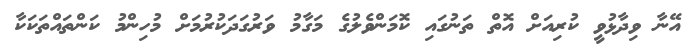
އޭނާ ވިދާޅުވީ ކުރިއަށް އޮތް ތަނުގައި ކޮމަންވެލުގެ މަގާމު ވަރުގަދަކުރުމަށް މުހިންމު ކަންތައްތަކަކާ